Calcutta medical institutions reports 1871-78
Year: 1871
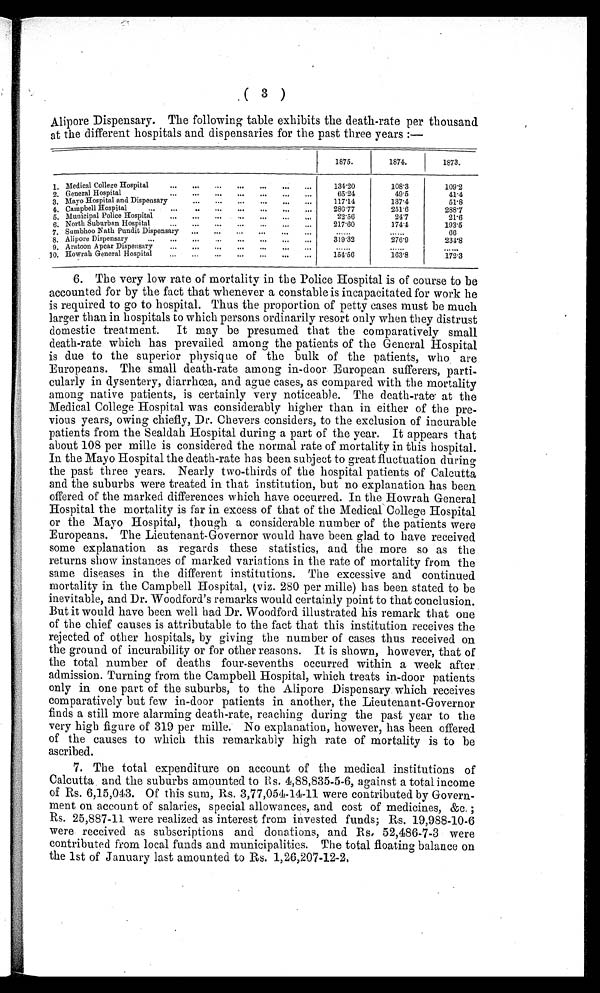
( 3 )
Alipore Dispensary. The following table exhibits the death-rate per thousand
at the different hospitals and dispensaries for the past three years:—
1875.
1874.
1873.
1. Medical College Hospital
134.20
108.3
109.2
2. General Hospital
6 5 . 2 4
49.5
41.4
3. Mayo Hospital and Dispensary
1 1 7 . 1 4
137.4
51.8
4. Campbell Hospital
280.77
251.6
2 8 8 . 7
5. Municipal Police Hospital
22.56
2 4 . 7
21.6
6. North Suburban Hospital
217.60
174.4
1 9 3 . 5
7. Sumbhoo Nath Pundit Dispensary
. . .
. . .
66
8. Alipore Dispensary
319.32
276.9
234.8
9. Aratoon Apcar Dispensary
. . .
. . .
. . .
10. Howrah General Hospital
154.56
1 6 3 . 8
1 7 2 . 3
6. The very low rate of mortality in the Police Hospital is of course to be
accounted for by the fact that whenever a constable is incapacitated for work he
is required to go to hospital. Thus the proportion of petty cases must be much
larger than in hospitals to which persons ordinarily resort only when they distrust
domestic treatment. It may be presumed that the comparatively small
death-rate which has prevailed among the patients of the General Hospital
is due to the superior physique of the bulk of the patients, who are
Europeans. The small death-rate among in-door European sufferers, parti-
cularly in dysentery, diarrhœa, and ague cases, as compared with the mortality
among native patients, is certainly very noticeable. The death-rate at the
Medical College Hospital was considerably higher than in either of the pre-
vious years, owing chiefly, Dr. Chevers considers, to the exclusion of incurable
patients from the Sealdah Hospital during a part of the year. It appears that
about 108 per mille is considered the normal rate of mortality in this hospital.
In the Mayo Hospital the death-rate has been subject to great fluctuation during
the past three years. Nearly two-thirds of the hospital patients of Calcutta
and the suburbs were treated in that institution, but no explanation has been
offered of the marked differences which have occurred. In the Howrah General
Hospital the mortality is far in excess of that of the Medical College Hospital
or the Mayo Hospital, though a considerable number of the patients were
Europeans. The Lieutenant-Governor would have been glad to have received
some explanation as regards these statistics, and the more so as the
returns show instances of marked variations in the rate of mortality from the
same diseases in the different institutions. The excessive and continued
mortality in the Campbell Hospital, ( viz . 280 per mille) has been stated to be
inevitable, and Dr. Woodford's remarks would certainly point to that conclusion.
But it would have been well had Dr. Woodford illustrated his remark that one
of the chief causes is attributable to the fact that this institution receives the
rejected of other hospitals, by giving the number of cases thus received on
the ground of incurability or for other reasons. It is shown, however, that of
the total number of deaths four-sevenths occurred within a week after
admission. Turning from the Campbell Hospital, which treats in-door patients
only in one part of the suburbs, to the Alipore Dispensary which receives
comparatively but few in-door patients in another, the Lieutenant-Governor
finds a still more alarming death-rate, reaching during the past year to the
very high figure of 319 per mille. No explanation, however, has been offered
of the causes to which this remarkably high rate of mortality is to be
ascribed.
7. The total expenditure on account of the medical institutions of
Calcutta and the suburbs amounted to Rs. 4,88,835-5-6, against a total income
of Rs. 6,15,043. Of this sum, Rs. 3,77,054-14-11 were contributed by Govern-
ment on account of salaries, special allowances, and cost of medicines, &c.;
Rs. 25,887-11 were realized as interest from invested funds; Rs. 19,988-10-6
were received as subscriptions and donations, and Rs. 52,486-7-3 were
contributed from local funds and municipalities. The total floating balance on
the 1st of January last amounted to Rs. 1,26,207-12-2.